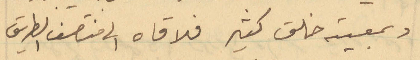
وبمعيته خلق كثير فلاقاه الى منتصف الطريق